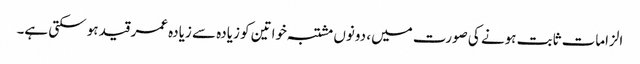
الزامات ثابت ہونے کی صورت میں، دونوں مشتبہ خواتین کو زیادہ سے زیادہ عمر قید ہو سکتی ہے۔